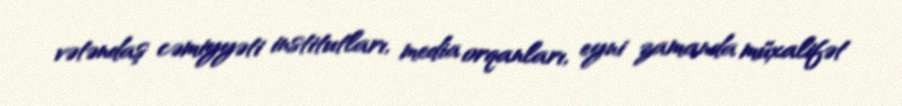
vətəndaş cəmiyyəti institutları, media orqanları, eyni zamanda müxalifət